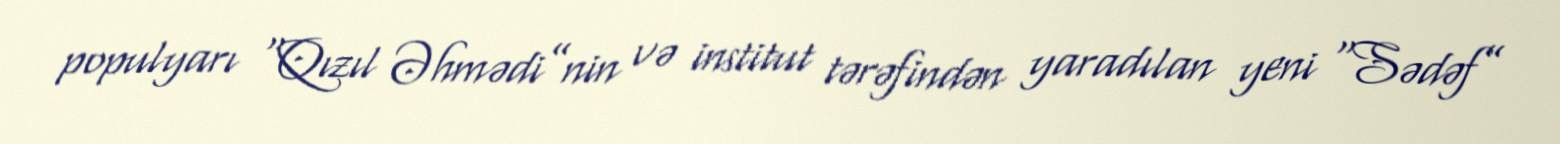
populyarı “Qızıl Əhmədi”nin və institut tərəfindən yaradılan yeni “Sədəf”